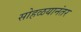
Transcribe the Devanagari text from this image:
सोहळयानंतर